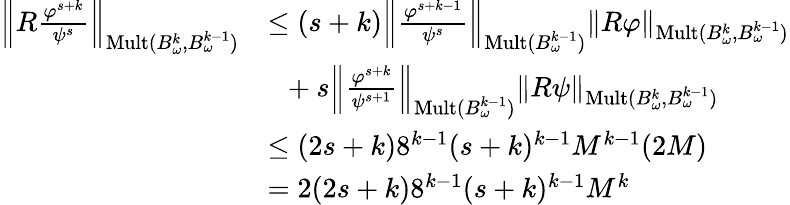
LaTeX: \begin{array}{rl}{\left\| R\frac{\varphi^{s+k}}{\psi^{s}}\right\| _{\mathrm{Mult}(B_{\omega}^{k},B_{\omega}^{k-1})}}&{\le(s+k)\left\| \frac{\varphi^{s+k-1}}{\psi^{s}}\right\| _{\mathrm{Mult}(B_{\omega}^{k-1})}\| R\varphi\| _{\mathrm{Mult}(B_{\omega}^{k},B_{\omega}^{k-1})}}\\ &{\ \ +s\left\| \frac{\varphi^{s+k}}{\psi^{s+1}}\right\| _{\mathrm{Mult}(B_{\omega}^{k-1})}\| R\psi\| _{\mathrm{Mult}(B_{\omega}^{k},B_{\omega}^{k-1})}}\\ &{\le(2s+k)8^{k-1}(s+k)^{k-1}M^{k-1}(2M)}\\ &{=2(2s+k)8^{k-1}(s+k)^{k-1}M^{k}}\end{array}